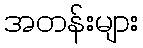
အတန်းများ